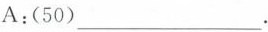
A:(50)___.